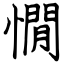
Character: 憪